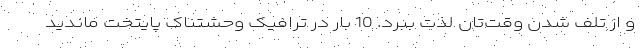
و از تلف شدن وقت‌تان لذت ببرد. 10 بار در ترافیک وحشتناک پایتخت ماندید